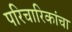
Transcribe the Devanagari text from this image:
परिचारिकांचा